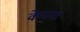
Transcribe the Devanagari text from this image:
केपनर